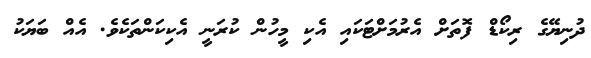
ދުނިޔޭގެ ރިކޯޑް ފޮތަށް އެރުމަށްޓަކައި އެކި މީހުން ކުރަނީ އެކިކަންތަކެވެ. އެއް ބަޔަކު